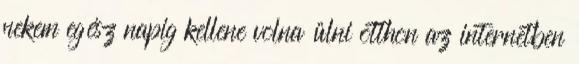
nekem egész napig kellene volna ülni otthon az internetben